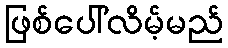
ဖြစ်ပေါ်လိမ့်မည်